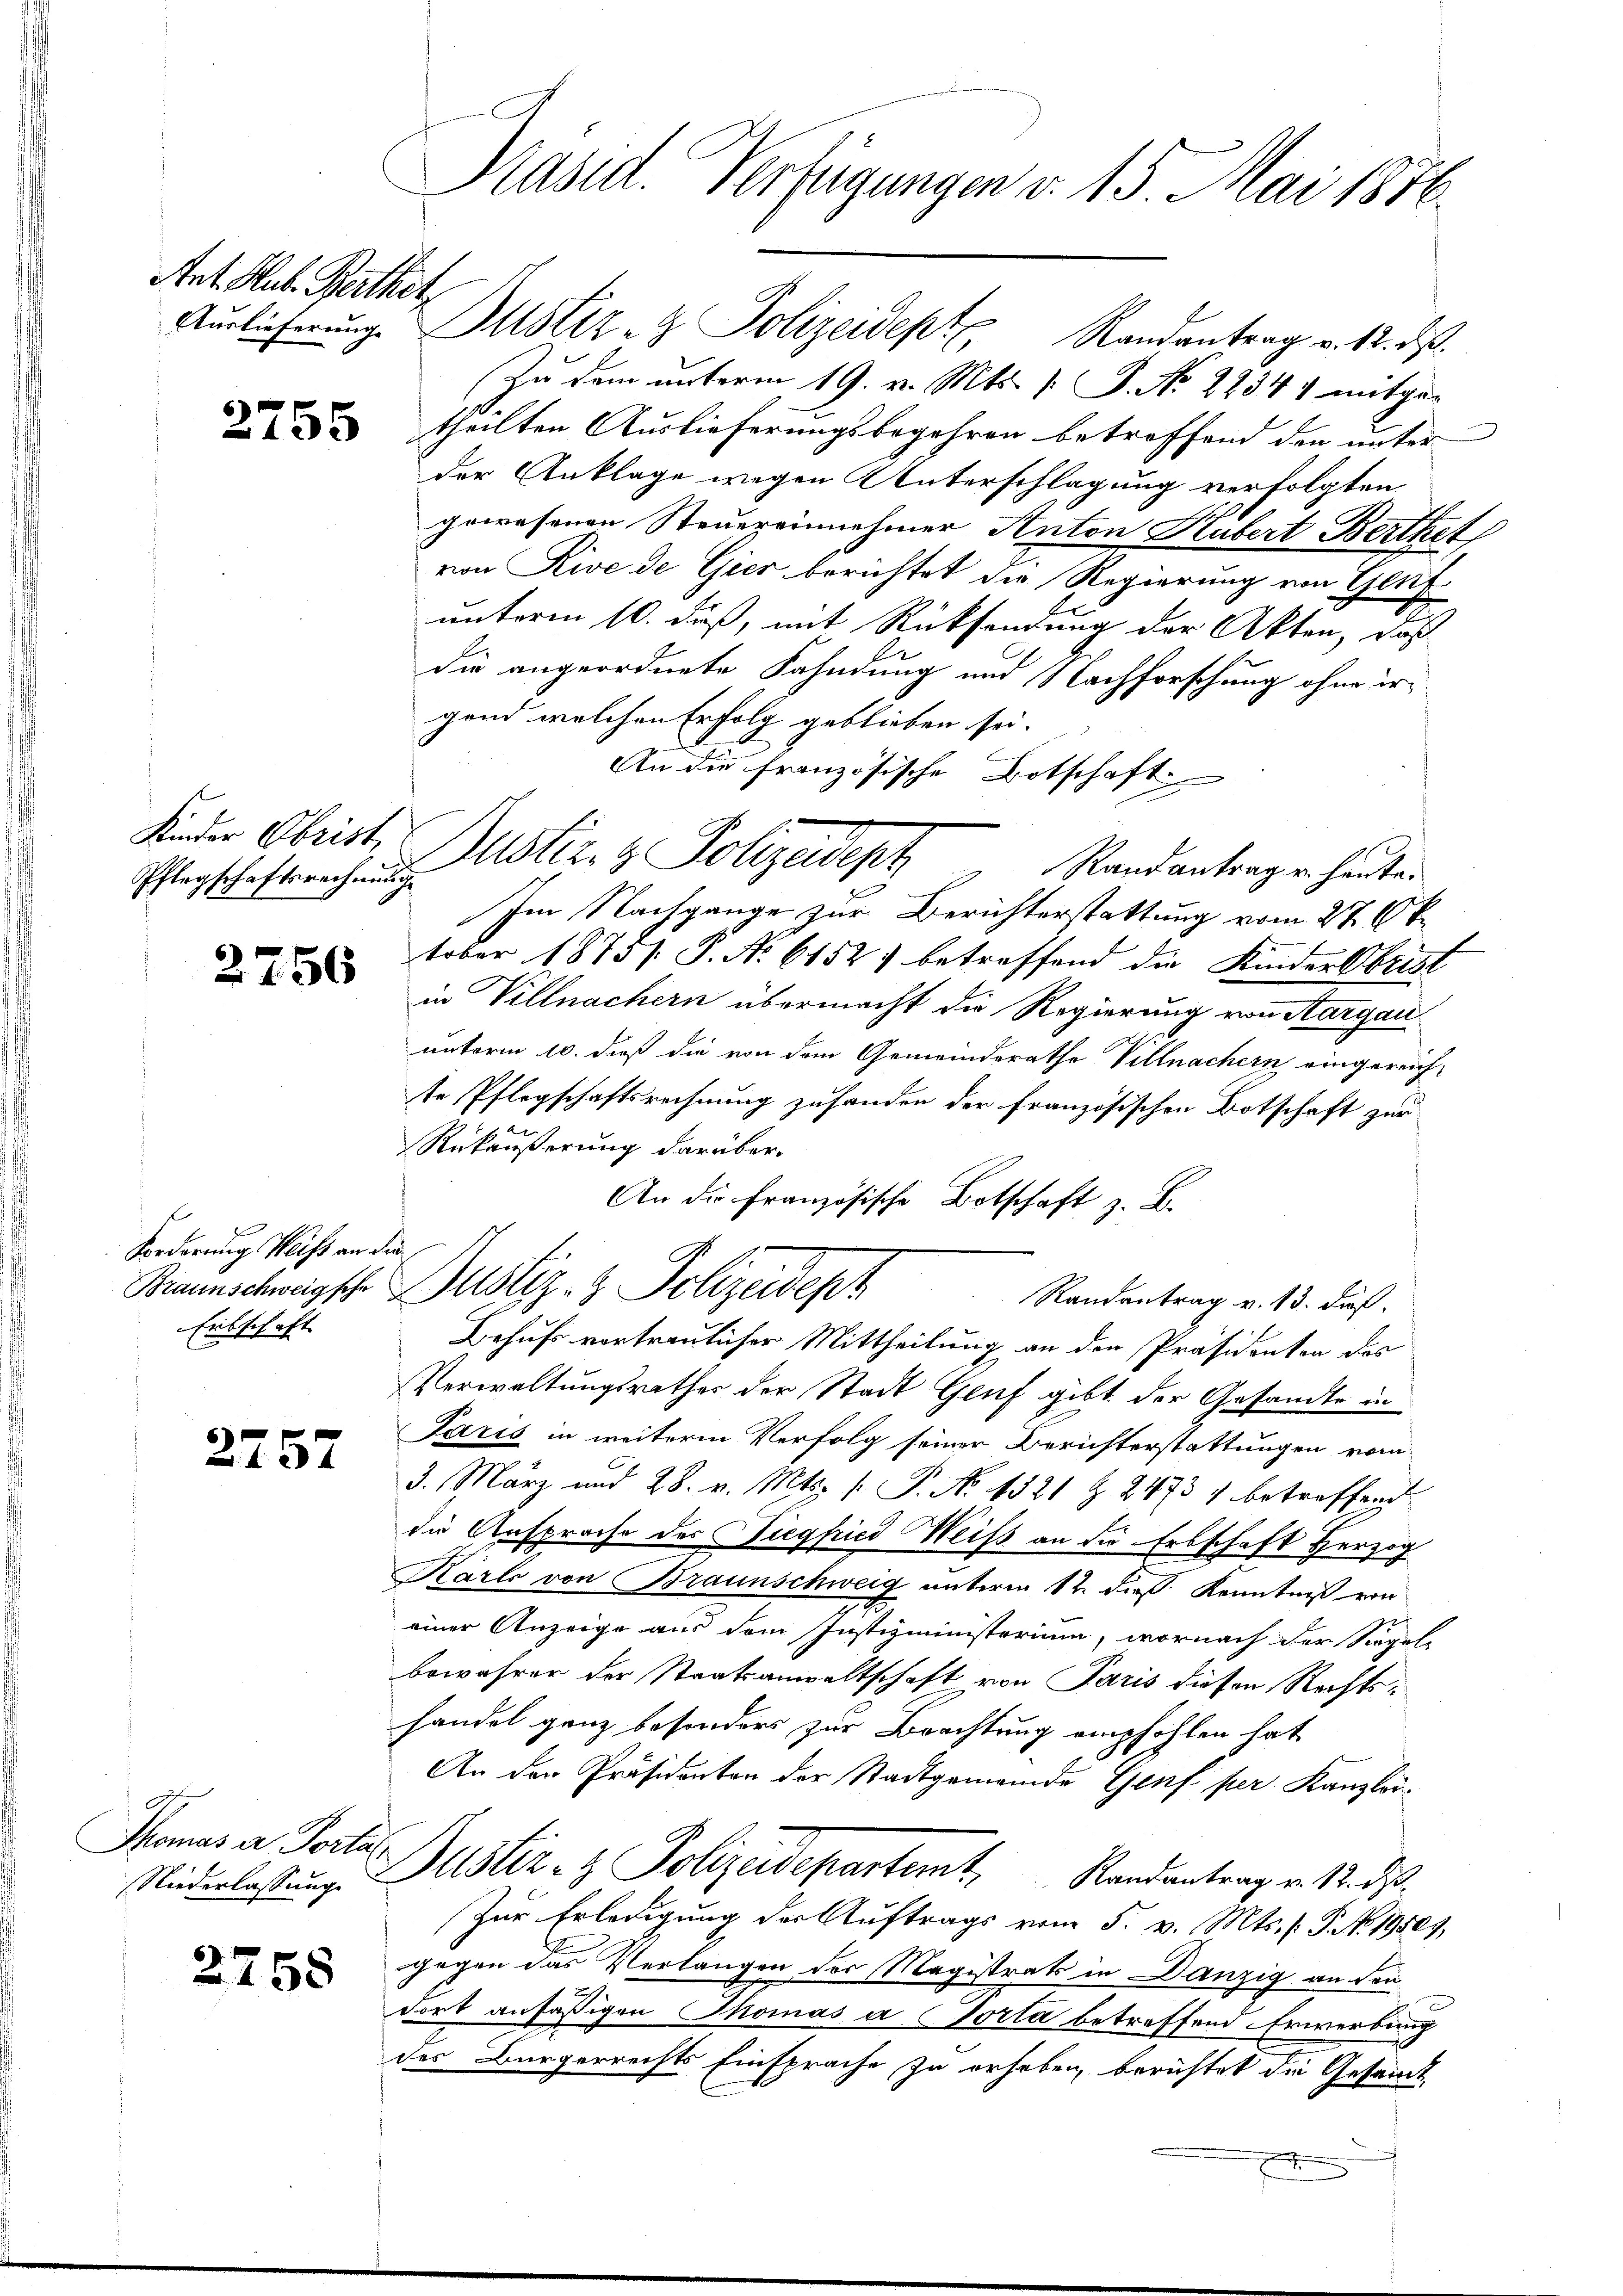
Ant. Hab. Berthet,

2755

Pflegschaftsrechnung

2756

Forderungs Weiss an die
Ertschaft

2757

Thomas a Portal

2758

Präsid. Verfügungen v. 15. Mai 1876.

Auslieferung. Mustiz- & Polizeidept Randantrag v. 12. ds.

Zu dem unterm 19. v. Mts. [S. No 22341 mitgetheilten Auslieferungsbegehren betreffend den unter
der Anklage wegen Unterschlagung verfolgten
gewesenen Steuereinnehmer Anton Hubert Berthet
von Rive de Gier berichtet die Regierung von Genf
unterm 10. daß, mit Rücksendung der Akten, daß
die angeordnete Fahndung und 1 Nachforschung ohne irgend welchen Erfolg geblieben sei.
An die französische Botschaft
Im Nachgange zur Berichterstattung vom 27 Okt
tober 1875/. P. No 6152) betreffend die Kinder Obrist
in Villnachern übermacht die Regierung von Aargauunterm 10. dieß die von dem Gemeinderathe Villnachern eingereich-
te Pflegschaftsrechnung zufanden der französischen Botschaft zur
Rükäußerung darüber
An die französische Botschaft z. B.
A.
Braunschweigsche Zustiz- & Polizeident
Randantrag v. 13. dieß.
Behufs vortraulicher Mittheilung an den Präsidenten des
Verwaltungsrathes der Stadt Genf gibt der Gesandte in
Paris in weitere Verfolg seiner Berichterstattungen vom
3. März und 28. v. Mts. [ P. No 1321 Z. 24734 betreffend
die Ansprache des Siegfried Weiß an der Erbschaft Herzog
Karls von Braunschweig unterm 12. dieß Kenntniß von
t
einer Anzeige aus dem Justizministerium, wornach der Siegele
bewahrer der Staatsanwaltschaft von Paris diesen Rechtshandel ganz besonders zur Brachtung empfohlen hat.
An der Präsidenten der Stadtgemeinde Genf per Kanzlei¬
Niederlassŭng. Justiz- & Polizeidepartemt, Randantrag v. 18. ds.
Zur Erledigung der Auftrags vom 5. v. Mts. (T. No. 19509,
gegen das Verlangen der Magistrats in Danzig an den
dort ansässigen Thomas a orta betreffend Erwerbung
des Bürgerrechts Einsprache zu erheben, berichtet die Gesandt¬

Kinder Obriste Justiz- & Polizeidept" Randantragen heuten